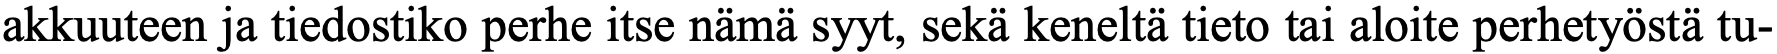
akkuuteen ja tiedostiko perhe itse nämä syyt, sekä keneltä tieto tai aloite perhetyöstä tu-